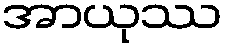
အာယုဿ